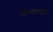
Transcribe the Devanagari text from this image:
धान्याएवजी